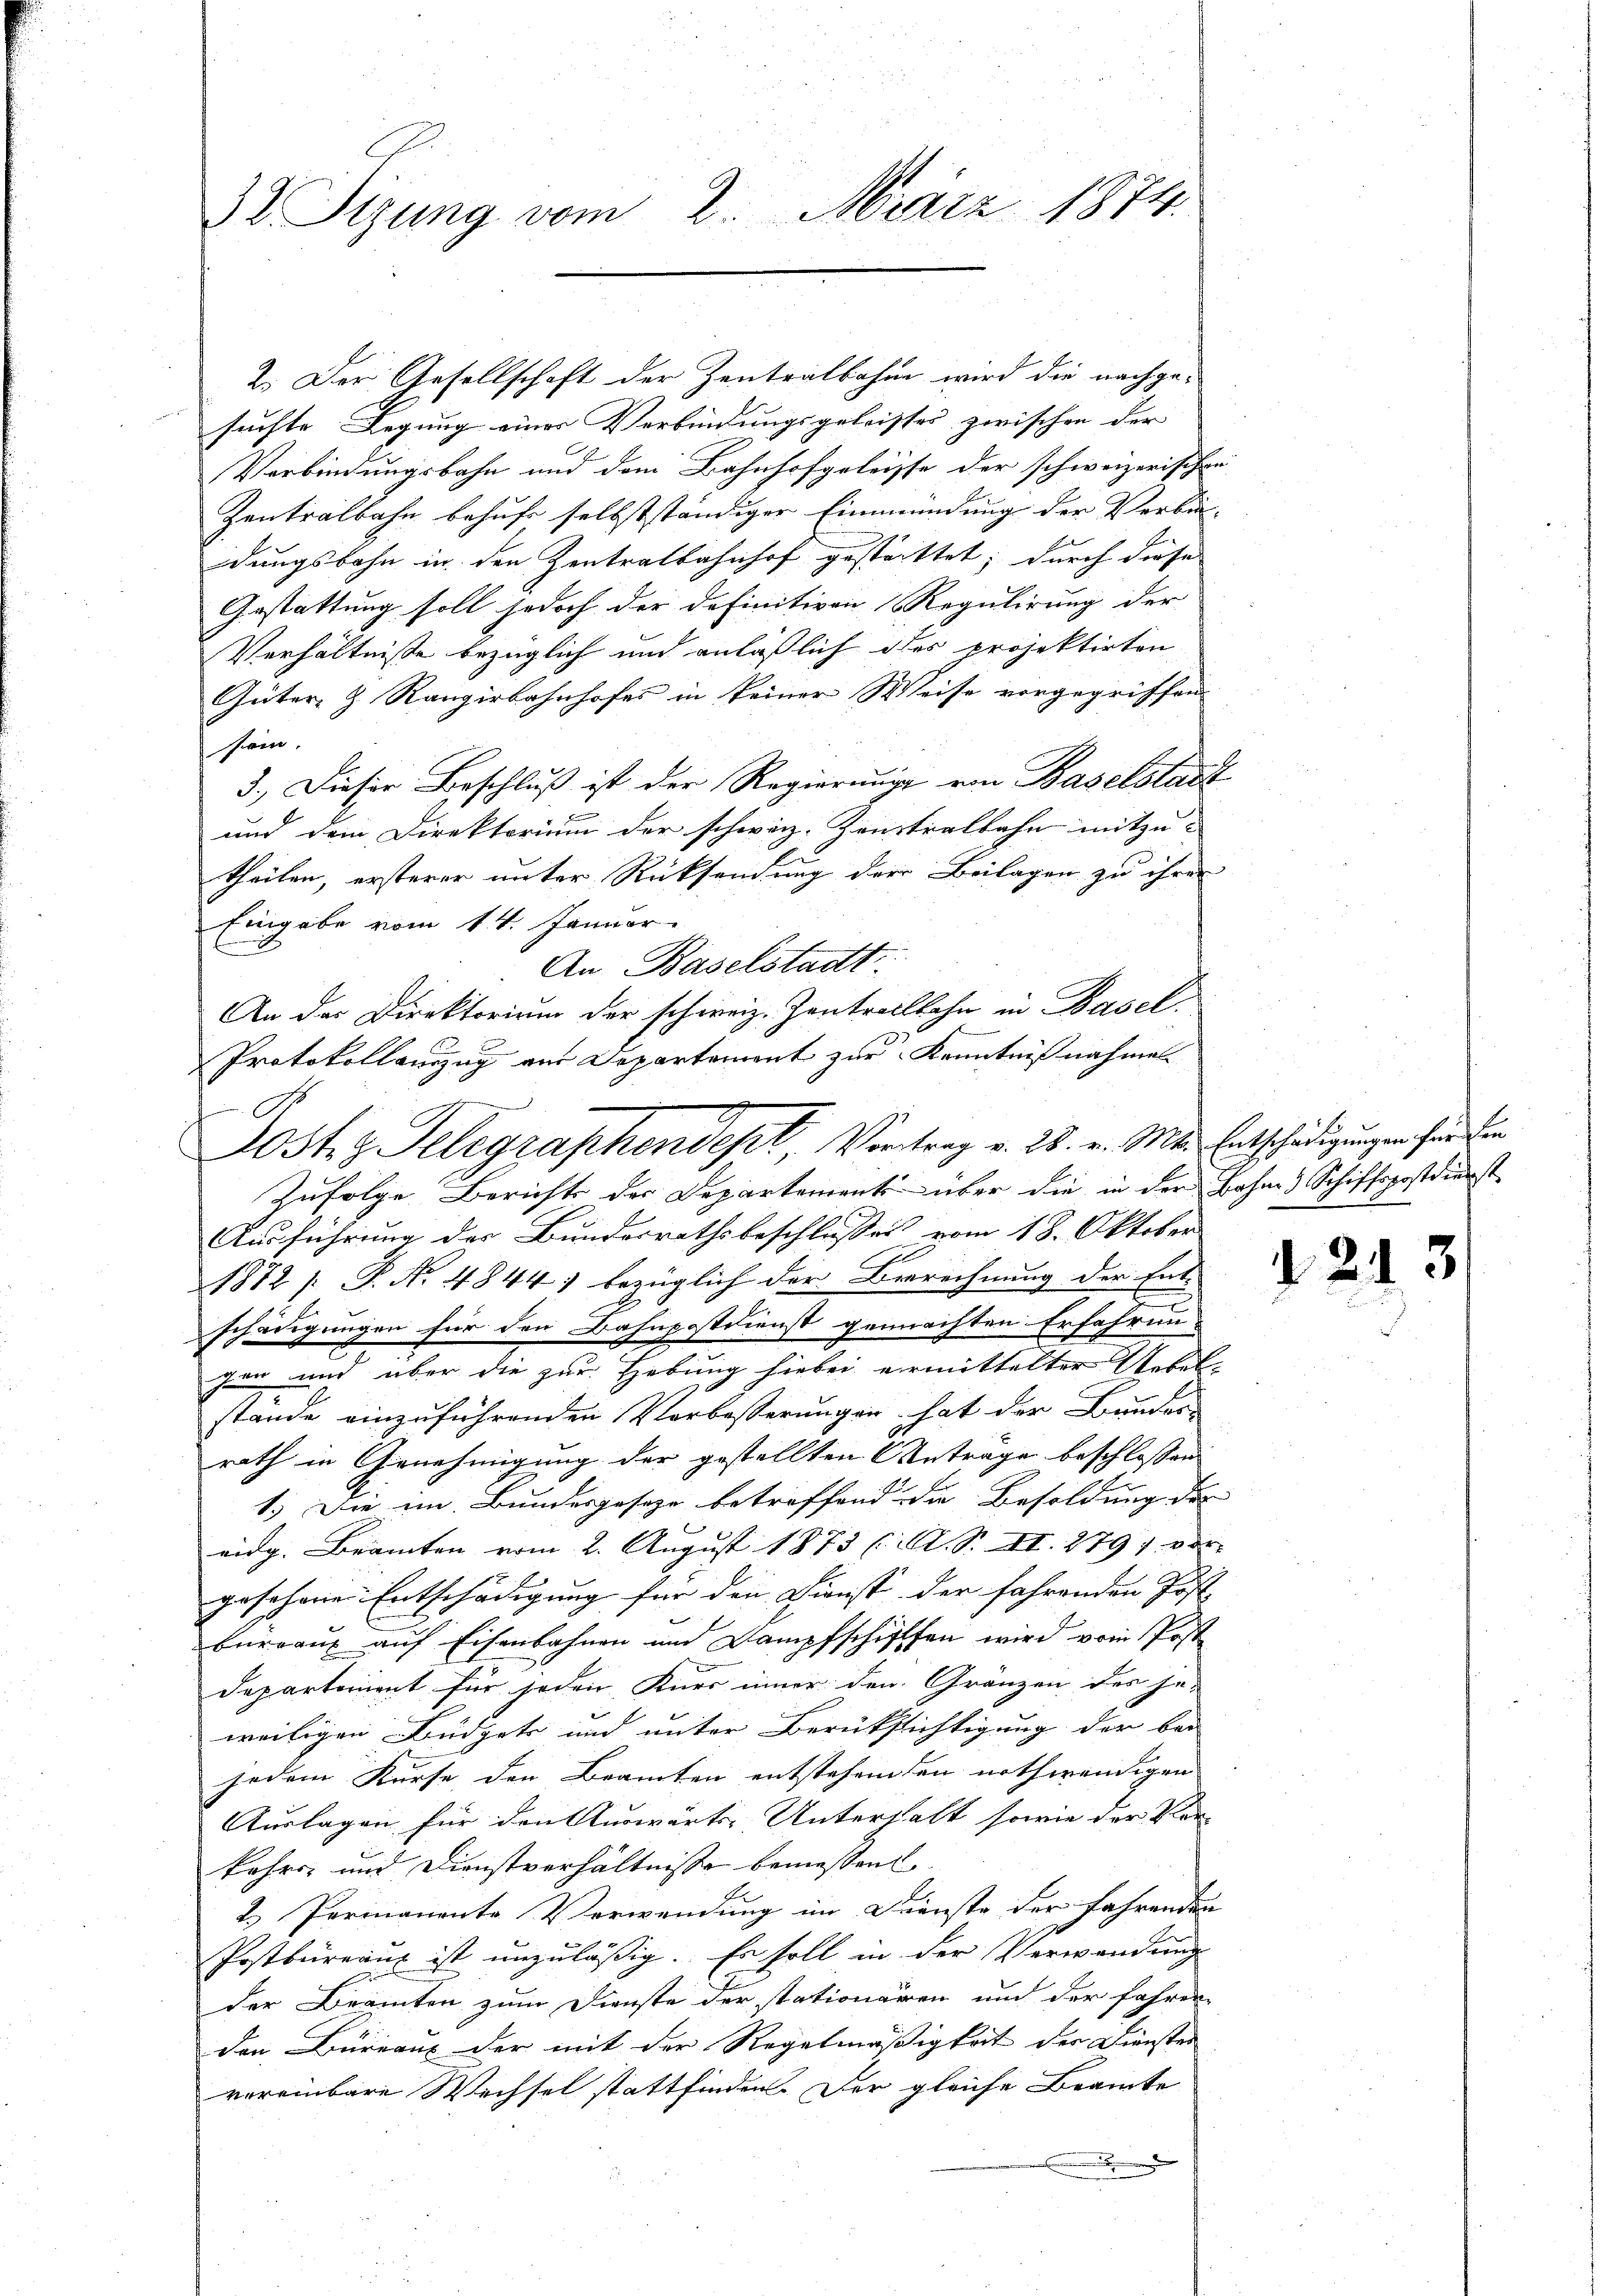
32 Sizung vom 2. März 1874.

2. Der Gesellschaft der Zentralbahne wird die nachge-
suchte Legung eines Verbindungsgeleistes zwischen der
Verbindungsbahn und dem Bahnhofgeleisse der schweizerische
Zentralbahn behufe selbstständiger Einmündung der Verbin-
dungsbahn in den Zentralbahnhof gestrittet; durch diese
Gestattung soll jedoch der definitiven Regulirung der
Verhältnisse bezüglich und anläßlich des projektirten
Güter- & Rangirbahnhofes in keiner Weise vorgegriffen
sem.
3.) Dieser Beschluß ist der Regierung von Baselstatt
und dem Direktorium der schwarz-Zonstralbahn mitzu-
theilen, ersterer unter Rücksendung der Beilagen zu ihrer
Eingabe vom 14. Januar.
A
Zufolge Berichts des Departement über die in der Bahn- & Schiffspostdienst
Ausführung des Bundesrathsbeschlusses vom 18. Oktober
1872 [ P. No 4844) bezüglich der Berechnung der Ent-
schädigungen für den Bahnpostdienst gemachten Erfahrungen und über die zur Hebung hiebei ermittelter Uebelstande einzuführenden Vorbesserungen hat der Bunder
rath in Genehmigung der gestellten Antrage beschlossen |
1.) Die im Bundesgeseze betreffend die Besoldung der |
eidg. Beamten vom 2. August 1873 (1. S. II. 279 f. von
goschonen Entschädigung für den Dienst der fahrenden Post-
bureaux auf Eisenbahnen und Dampfschiffen wird vom Post
Departerient für jeden Kurs inner den Gränzen des je-
weiligen Büdgets und unter Berüksichtigung der bei
jedem Kurse den Beamten entstehenden nothwendigen
Auslagen für den Auswärts-Unterhalt sowie der Ver-
kehrs und Dienstverhältnisse bemessen
2.) Permanente Verwendung im Dienste der fahrenden
Postbüreau ist unzuläßig. Es soll in der Verwendung
der Beamten zum Dienste der stationären und der fahren
den Bureaux der mit der Regelmäßigkeit der Dienster
vereinbare Wechsel stattfinden. Der gleiche Beamte

An Baselstadt:
An der Direktorium der schweiz. Zentrollbahn in Basel-
Protokollauszug aus Departement zur Kenntnißnahmen.
Lostr z. Telegraphendept, Vortrag v. 25. v. Mts. Entschädigungen hier den

u

.

d 213